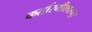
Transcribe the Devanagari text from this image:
कर्तारमीश्वरम्।